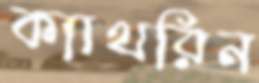
ক্যাথরিন